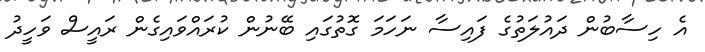
އެ ހިސާބުން ދައުލަތުގެ ފައިސާ ނަހަމަ ގޮތުގައި ބޭނުން ކުރައްވައިގެން ރައީސް ވަހީދު